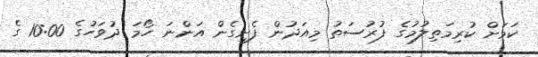
ކަމަށް ކުރިމަތިލުމުގެ ފުރުސަތު މިއަދުން ފެށިގެން އަންނަ ހޯމަ ދުވަހުގެ 10:00 ގެ